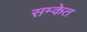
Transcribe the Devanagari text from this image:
सम्केत